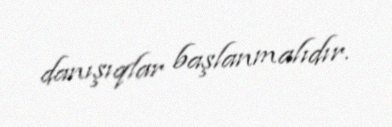
danışıqlar başlanmalıdır.